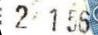
2 156